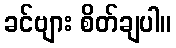
ခင်ဗျား စိတ်ချပါ။